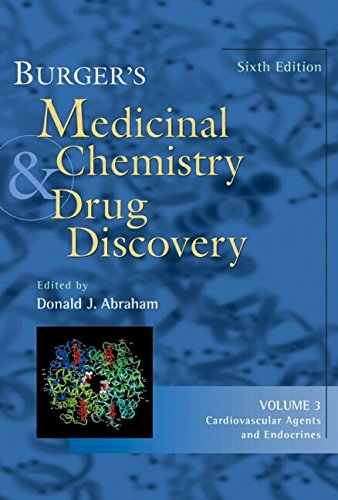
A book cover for Burger's Medicinal Chemistry and Drug Discovery, Cardiovascular Agents and Endocrines (Volume 3); Medical Books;